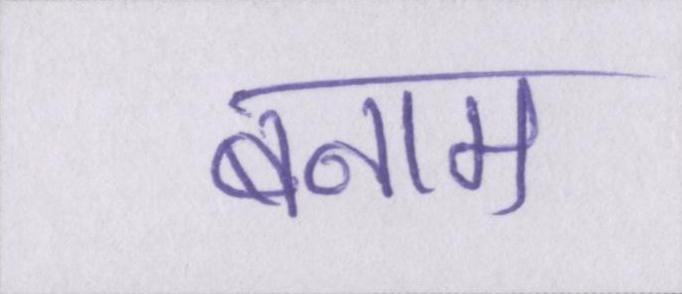
बनाम